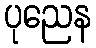
ပုညေန